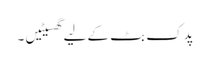
پدک بٹ کے لیے گھسیٹیں ۔